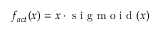
f _ { a c t } ( x ) = x \cdot \mathrm { ~ s ~ i ~ g ~ m ~ o ~ i ~ d ~ } ( x )